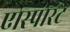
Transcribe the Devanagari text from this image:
एस्पिरिट